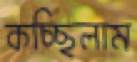
কচ্ছিলাম